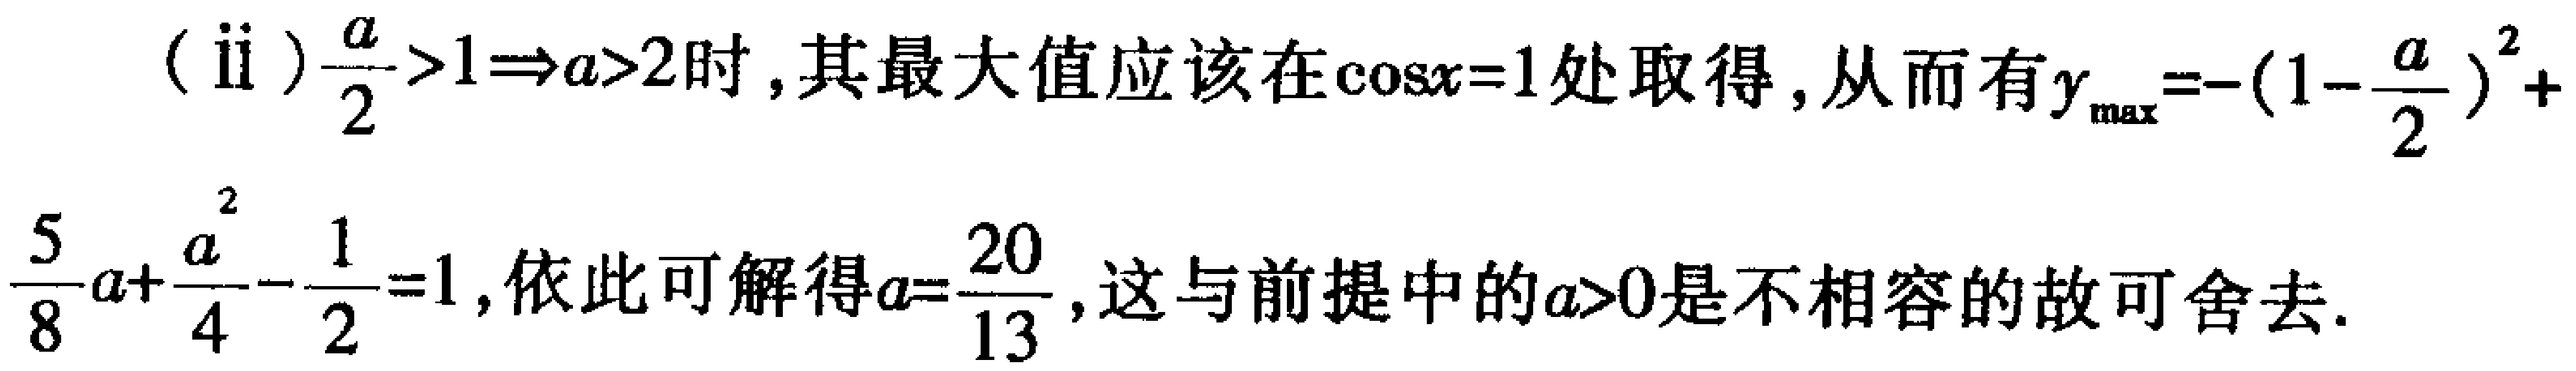
(ii) $\frac{a}{2}>1\Rightarrow a > 2$时，其最大值应该在$\cos x = 1$处取得，从而有$y_{\max}=-(1 - \frac{a}{2})^2 + \frac{5}{8}a+\frac{a^{2}}{4}-\frac{1}{2}=1$，依此可解得$a = \frac{20}{13}$，这与前提中的$a>0$是不相容的故可舍去.